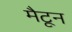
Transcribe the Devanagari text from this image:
मैटून